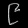
Digit: ၉